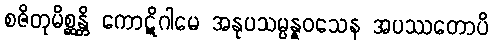
စဇိတုမိစ္ဆန္တိ ကောဋိဂါမေ အနုပသမ္ပန္နဝသေန အပဿတောပိ